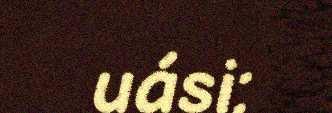
uási: